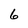
Character: 6